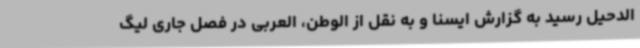
الدحیل رسید به گزارش ایسنا و به نقل از الوطن، العربی در فصل جاری لیگ